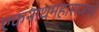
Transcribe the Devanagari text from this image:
एकनाथमहाराजांचे